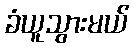
ခံယူသွားမယ်